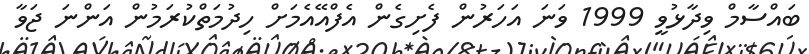
ބައްސާމް ވިދާޅުވީ 1999 ވަނަ އަހަރުން ފެށިގެން އެފްއޭއެމަށް ހިދުމަތްކުރަމުން އަންނަ ޖަވާ